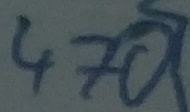
Text: 470